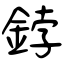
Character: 鋍